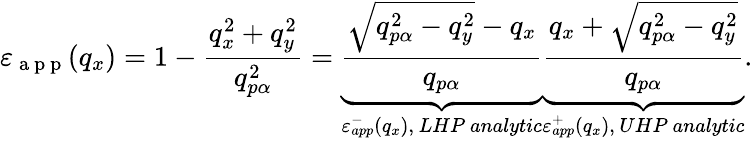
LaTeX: {{\varepsilon}_{\mathrm{~a~p~p~}}}({{q}_{x}})=1-\frac{q_{x}^{2}+q_{y}^{2}}{q_{p\alpha}^{2}}=\underbrace{\frac{\sqrt{q_{p\alpha}^{2}-q_{y}^{2}}-{{q}_{x}}}{{{q}_{p\alpha}}}}_{\varepsilon_{app}^{-}\left({{q}_{x}}\right),\, LHP\ analytic}\underbrace{\frac{{{q}_{x}}+\sqrt{q_{p\alpha}^{2}-q_{y}^{2}}}{{{q}_{p\alpha}}}}_{\varepsilon_{app}^{+}\left({{q}_{x}}\right),\, UHP\ analytic}.